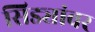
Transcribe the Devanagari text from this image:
सिड्यांवर